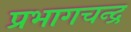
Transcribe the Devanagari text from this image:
प्रभागचन्द्र